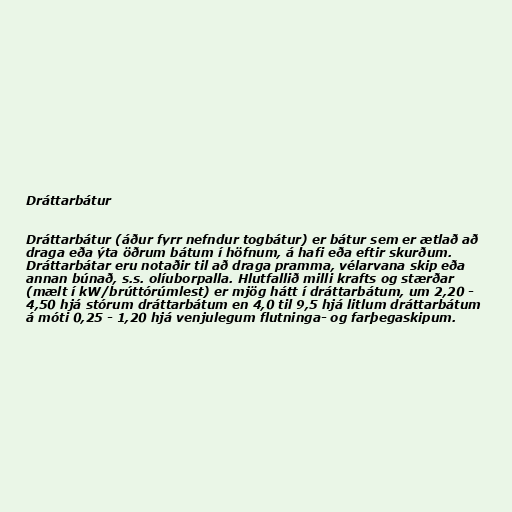
Dráttarbátur

Dráttarbátur (áður fyrr nefndur togbátur) er bátur sem er ætlað að
draga eða ýta öðrum bátum í höfnum, á hafi eða eftir skurðum.
Dráttarbátar eru notaðir til að draga pramma, vélarvana skip eða
annan búnað, s.s. olíuborpalla. Hlutfallið milli krafts og stærðar
(mælt í kW/brúttórúmlest) er mjög hátt í dráttarbátum, um 2,20 -
4,50 hjá stórum dráttarbátum en 4,0 til 9,5 hjá litlum dráttarbátum
á móti 0,25 - 1,20 hjá venjulegum flutninga- og farþegaskipum.